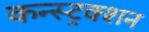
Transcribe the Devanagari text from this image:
कन्‍स्‍ट्रक्‍शन